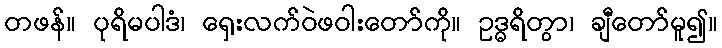
တဖန်။ ပုရိမပါဒံ၊ ရှေးလက်ဝဲဖဝါးတော်ကို။ ဥဒ္ဓရိတွာ၊ ချီတော်မူ၍။